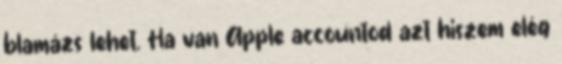
blamázs lehet. Ha van Apple accountod azt hiszem elég